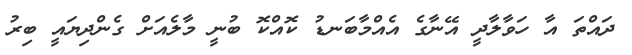
ދައްތަ އާ ހަވާލާދީ އޭނާގެ އެއްމާބަނޑު ކޮއްކޮ ބުނީ މާލެއަށް ގެންދިޔައީ ބިރު